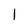
Character: 1